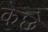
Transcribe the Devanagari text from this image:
केछे